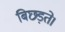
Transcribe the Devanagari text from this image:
बिछड़ते।